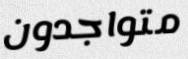
متواجدون